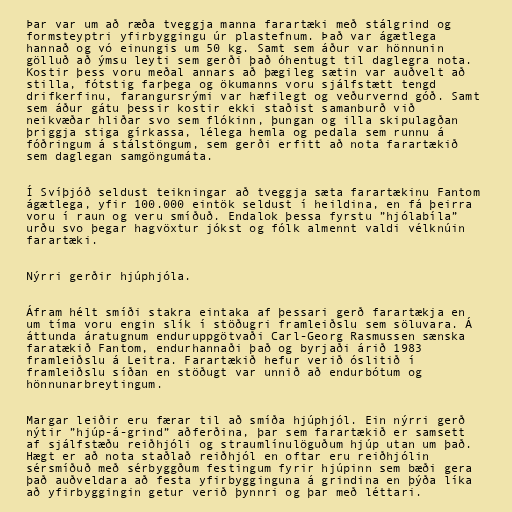
Þar var um að ræða tveggja manna farartæki með stálgrind og
formsteyptri yfirbyggingu úr plastefnum. Það var ágætlega
hannað og vó einungis um 50 kg. Samt sem áður var hönnunin
gölluð að ýmsu leyti sem gerði það óhentugt til daglegra nota.
Kostir þess voru meðal annars að þægileg sætin var auðvelt að
stilla, fótstig farþega og ökumanns voru sjálfstætt tengd
drifkerfinu, farangursrými var hæfilegt og veðurvernd góð. Samt
sem áður gátu þessir kostir ekki staðist samanburð við
neikvæðar hliðar svo sem flókinn, þungan og illa skipulagðan
þriggja stiga gírkassa, lélega hemla og pedala sem runnu á
fóðringum á stálstöngum, sem gerði erfitt að nota farartækið
sem daglegan samgöngumáta.

Í Svíþjóð seldust teikningar að tveggja sæta farartækinu Fantom
ágætlega, yfir 100.000 eintök seldust í heildina, en fá þeirra
voru í raun og veru smíðuð. Endalok þessa fyrstu ”hjólabíla”
urðu svo þegar hagvöxtur jókst og fólk almennt valdi vélknúin
farartæki.

Nýrri gerðir hjúphjóla.

Áfram hélt smíði stakra eintaka af þessari gerð farartækja en
um tíma voru engin slík í stöðugri framleiðslu sem söluvara. Á
áttunda áratugnum enduruppgötvaði Carl-Georg Rasmussen sænska
faratækið Fantom, endurhannaði það og byrjaði árið 1983
framleiðslu á Leitra. Farartækið hefur verið óslitið í
framleiðslu síðan en stöðugt var unnið að endurbótum og
hönnunarbreytingum.

Margar leiðir eru færar til að smíða hjúphjól. Ein nýrri gerð
nýtir ”hjúp-á-grind” aðferðina, þar sem farartækið er samsett
af sjálfstæðu reiðhjóli og straumlínulöguðum hjúp utan um það.
Hægt er að nota staðlað reiðhjól en oftar eru reiðhjólin
sérsmíðuð með sérbyggðum festingum fyrir hjúpinn sem bæði gera
það auðveldara að festa yfirbygginguna á grindina en þýða líka
að yfirbyggingin getur verið þynnri og þar með léttari.